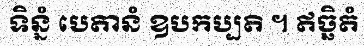
ទិន្នំ បេតានំ ឧបកប្បតិ ។ ឥច្ឆិតំ